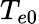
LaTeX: T_{e0}